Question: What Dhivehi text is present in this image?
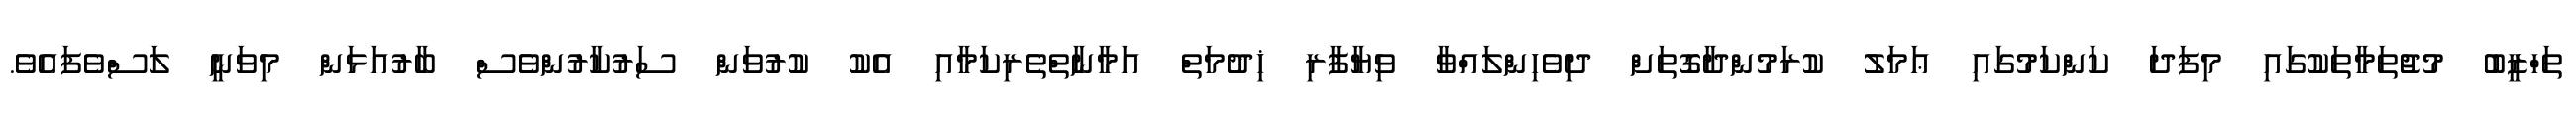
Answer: ތަހްޒީބު މުޖުތަމާތަކުގައި މިފަދަ ކަންކަމުގައި ޢަމަލު ކުރަމުންދާގޮތަށް ދިވެހިންލައްވާ ވިޔާފާރި ޚިދުމަތް އަމާނާތްތެރިކަމާއި އެކު ކުރުވަން ސަރުކާރުންވެސް ބާރުއަޅަން މިވަނީ ލަސްވެފައެވެ.